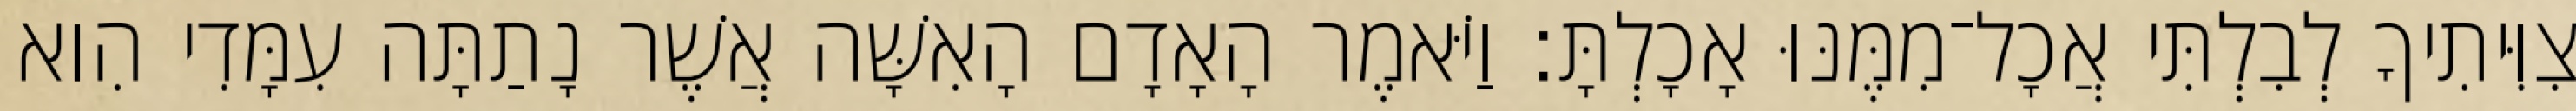
צִוִּיתִיךָ לְבִלְתִּי אֲכָל־מִמֶּנּוּ אָכָלְתָּ׃ וַיֹּאמֶר הָאָדָם הָאִשָּׁה אֲשֶׁר נָתַתָּה עִמָּדִי הִוא